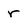
Character: r